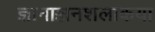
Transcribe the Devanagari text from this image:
ज्ञानाञ्जनशलाकया